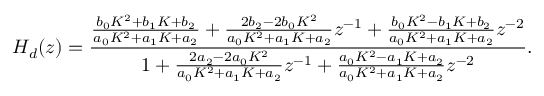
H _ { d } ( z ) = { \frac { { \frac { b _ { 0 } K ^ { 2 } + b _ { 1 } K + b _ { 2 } } { a _ { 0 } K ^ { 2 } + a _ { 1 } K + a _ { 2 } } } + { \frac { 2 b _ { 2 } - 2 b _ { 0 } K ^ { 2 } } { a _ { 0 } K ^ { 2 } + a _ { 1 } K + a _ { 2 } } } z ^ { - 1 } + { \frac { b _ { 0 } K ^ { 2 } - b _ { 1 } K + b _ { 2 } } { a _ { 0 } K ^ { 2 } + a _ { 1 } K + a _ { 2 } } } z ^ { - 2 } } { 1 + { \frac { 2 a _ { 2 } - 2 a _ { 0 } K ^ { 2 } } { a _ { 0 } K ^ { 2 } + a _ { 1 } K + a _ { 2 } } } z ^ { - 1 } + { \frac { a _ { 0 } K ^ { 2 } - a _ { 1 } K + a _ { 2 } } { a _ { 0 } K ^ { 2 } + a _ { 1 } K + a _ { 2 } } } z ^ { - 2 } } } .